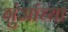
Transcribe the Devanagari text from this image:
गुंजांच्या